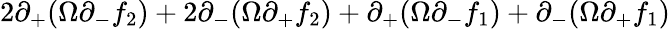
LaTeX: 2\partial_{+}(\Omega\partial_{-}f_{2})+2\partial_{-}(\Omega\partial_{+}f_{2})+\partial_{+}(\Omega\partial_{-}f_{1})+\partial_{-}(\Omega\partial_{+}f_{1})